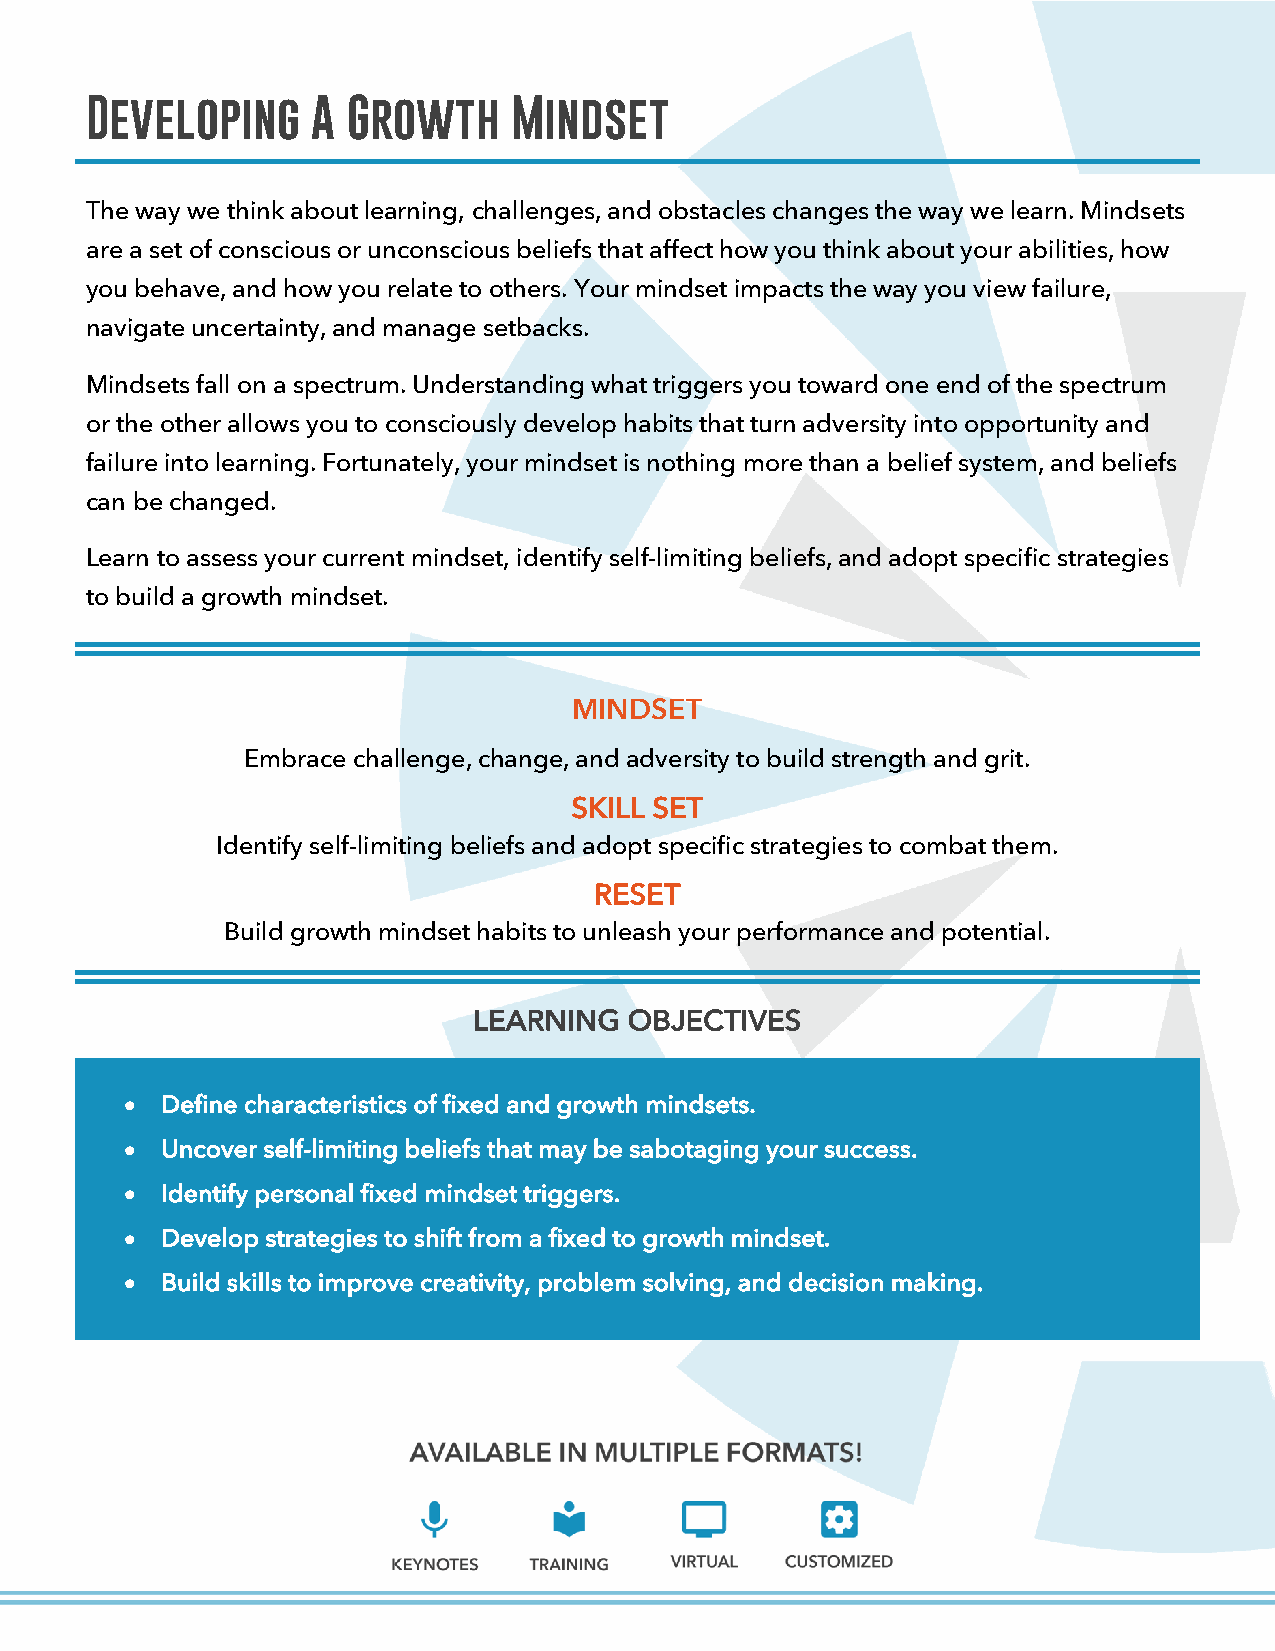
Developing     A Growth     Mindset
 The way we think about learning, challenges, and obstacles changes the way we learn. Mindsets
 are a set of conscious or unconscious beliefs that affect how you think about your abilities, how
 you behave, and how you relate to others. Your mindset impacts the way you view failure,
 navigate uncertainty, and manage setbacks.
 Mindsets fall on a spectrum. Understanding what triggers you toward one end of the spectrum
 or the other allows you to consciously develop habits that turn adversity into opportunity and
 failure into learning. Fortunately, your mindset is nothing more than a belief system, and beliefs
 can be changed.
 Learn to assess your current mindset, identify self-limiting beliefs, and adopt specific strategies
 to build a growth mindset.
 MINDSET
 Embrace challenge, change, and adversity to build strength and grit.
 SKILL SET
 Identify self-limiting beliefs and adopt specific strategies to combat them.
 RESET
 Build growth mindset habits to unleash your performance and potential.
 LEARNING   OBJECTIVES
 •  Define characteristics of fixed and growth mindsets.
 •  Uncover self-limiting beliefs that may be sabotaging your success.
 •  Identify personal fixed mindset triggers.
 •  Develop strategies to shift from a fixed to growth mindset.
 •  Build skills to improve creativity, problem solving, and decision making.
 COPYRIGHT 2021 ANNE GRADY GROUP. ALL RIGHTS RESERVED